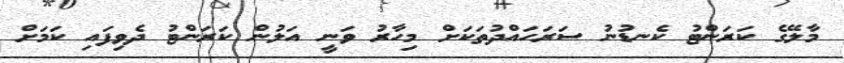
މާލޭގެ ކަރަންޓު ކެނޑުނު ސަރަހައްދުތަކަށް މިހާރު ވަނީ އަލުން ކަރަންޓު ދެވިފައި ކަަަމަށް